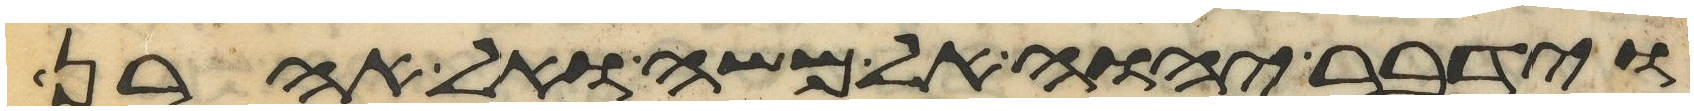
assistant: וידבר יהוה אל משה ואל אהרן